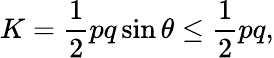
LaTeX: K={\frac{1}{2}}pq\sin{\theta}\leq{\frac{1}{2}}pq,